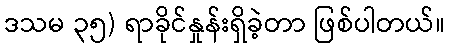
ဒသမ ၃၅) ရာခိုင်နှုန်းရှိခဲ့တာ ဖြစ်ပါတယ်။